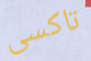
تاكسى